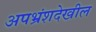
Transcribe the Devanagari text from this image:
अपभ्रंशदेखील